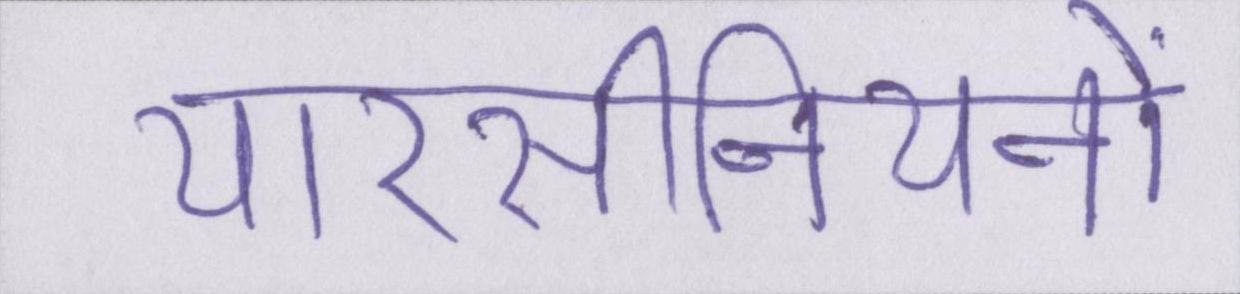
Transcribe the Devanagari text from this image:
यारसीनियनों